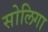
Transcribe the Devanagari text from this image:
सोलिगा